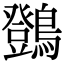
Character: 䳾